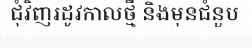
ជុំវិញរដូវកាលថ្មី និងមុនជំនួប